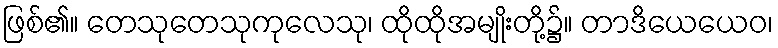
ဖြစ်၏။ တေသုတေသုကုလေသု၊ ထိုထိုအမျိုးတို့၌။ တာဒိယေယေဝ၊